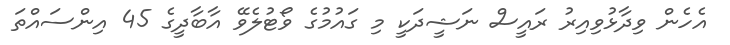
އެހެން ވިދާޅުވިއިރު ރައީސް ނަޝީދަކީ މި ގައުމުގެ ވޯޓުލެވޭ އާބާދީގެ 45 އިންސައްތަ